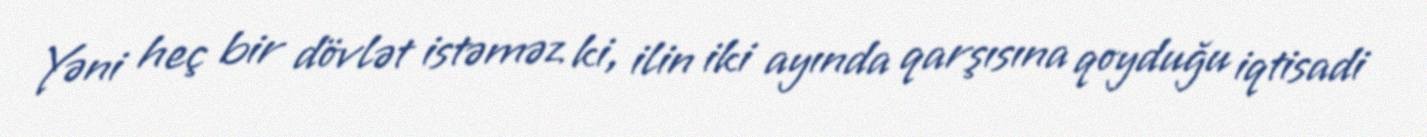
Yəni heç bir dövlət istəməz ki, ilin iki ayında qarşısına qoyduğu iqtisadi